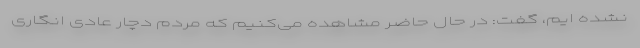
نشده ایم، گفت: در حال حاضر مشاهده می‌کنیم که مردم دچار عادی انگاری